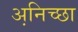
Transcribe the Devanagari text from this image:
अनि़च्छा